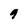
Character: 9